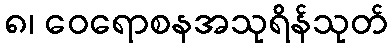
၈၊ ဝေရောစနအသုရိန်သုတ်